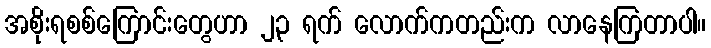
အစိုးရစစ်ကြောင်းတွေဟာ ၂၃ ရက် လောက်ကတည်းက လာနေကြတာပါ။